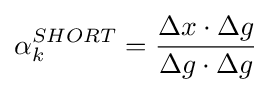
\alpha _{k}^{SHORT}={\frac {\Delta x\cdot \Delta g}{\Delta g\cdot \Delta g}}